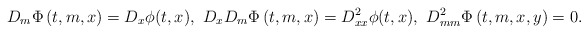
\begin{align*}D_{m} \Phi\left(t,m,x\right)=D_x \phi(t,x),\, \, D_xD_{m} \Phi\left(t,m,x\right)=D^2_{xx} \phi(t,x),\, \, D^2_{mm} \Phi\left(t,m,x,y\right)=0.\end{align*}